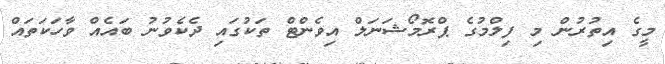
މީގެ އިތުރުން މި ފިލްމުގެ ޕްރޮމޯޝަނަލް އިވެންޓް ތަކުގައި ދެކެވުނު ބައެއް ވާހަކަތައް